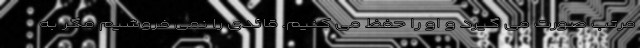
مرتب صورت می گیرد و او را حفظ می کنیم. قائدی را نمی فروشیم مگر به